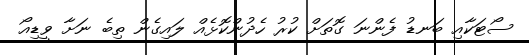
ސޯޓަކާއި ބަނޑު ފެންނަ ގޮތަށް ކުރު ހެދުންކޮޅެއް ލައިގެން ތިބެ ނަށާ ވީޑިއޯ